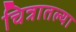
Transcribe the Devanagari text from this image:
चित्रातल्या